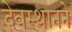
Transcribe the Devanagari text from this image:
देवस्थानने